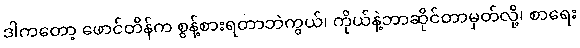
ဒါကတော့ ဖောင်တိန်က စွန့်စားရတာဘဲကွယ်၊ ကိုယ်နဲ့ဘာဆိုင်တာမှတ်လို့၊ စာရေး